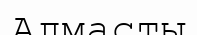
Алмасты